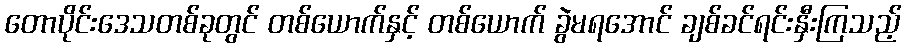
တောပိုင်းဒေသတစ်ခုတွင် တစ်ယောက်နှင့် တစ်ယောက် ခွဲမရအောင် ချစ်ခင်ရင်းနှီးကြသည့်